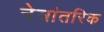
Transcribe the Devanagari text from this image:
नेत्रांतरिक